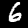
Label: 6